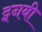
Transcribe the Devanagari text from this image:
ट्वनबी